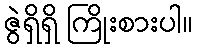
ဇွဲရှိရှိ ကြိုးစားပါ။